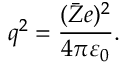
q ^ { 2 } = \frac { ( \bar { Z } e ) ^ { 2 } } { 4 \pi \varepsilon _ { 0 } } .